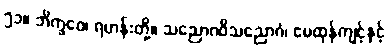
၅၁။ ဘိက္ခဝေ၊ ရဟန်းတို့။ သညောဂဝိသညောဂံ၊ မေထုန်ကျင့်နှင့်